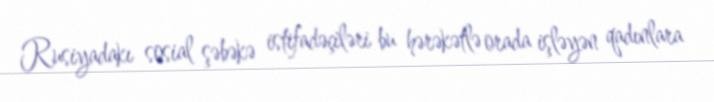
Rusiyadakı sosial şəbəkə istifadəçiləri bu hərəkətlə orada işləyən qadınlara